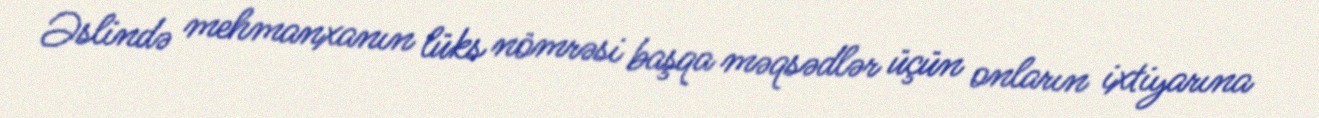
Əslində mehmanxanın lüks nömrəsi başqa məqsədlər üçün onların ixtiyarına